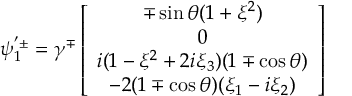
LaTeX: \psi _ { 1 } ^ { ' \pm } = \gamma ^ { \mp } \left[ \begin{array} { c } { { \mp \sin \theta ( 1 + \xi ^ { 2 } ) } } \\ { { 0 } } \\ { { i ( 1 - \xi ^ { 2 } + 2 i \xi _ { 3 } ) ( 1 \mp \cos \theta ) } } \\ { { - 2 ( 1 \mp \cos \theta ) ( \xi _ { 1 } - i \xi _ { 2 } ) } } \end{array} \right]